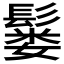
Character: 𫙂